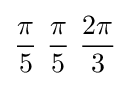
{\pi  \over 5}\ {\pi  \over 5}\ {2\pi  \over 3}